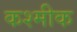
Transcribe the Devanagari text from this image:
कश्मीक